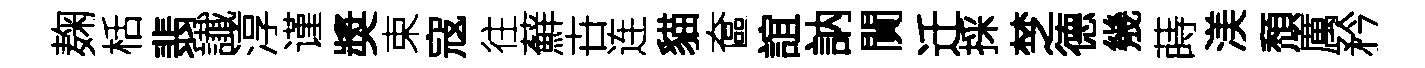
麹栝翡䜟淳谨奬束寇往蘚卋连貓奩誼訥閴迁採椘德㡬蒔渼頹厲矜